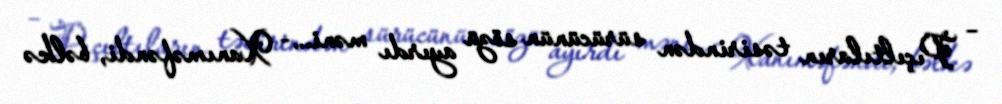
– Pıçıltıların təsirindən sürücünün sözü ayırdı məni...- Xanıməfəndi, bəlkə